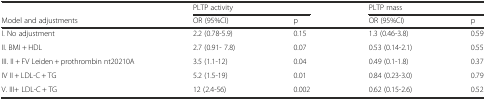
<table><thead><tr><td></td><td colspan="2"><b>PLTP activity</b></td><td colspan="2"><b>PLTP mass</b></td></tr><tr><td><b>Model and adjustments</b></td><td><b>OR (95%CI)</b></td><td><b>p</b></td><td><b>OR (95%CI)</b></td><td><b>p</b></td></tr></thead><tbody><tr><td>I. No adjustment</td><td>2.2 (0.78-5.9)</td><td>0.15</td><td>1.3 (0.46-3.8)</td><td>0.59</td></tr><tr><td>II. BMI + HDL</td><td>2.7 (0.91- 7.8)</td><td>0.07</td><td>0.53 (0.14-2.1)</td><td>0.55</td></tr><tr><td>III. II + FV Leiden + prothrombin nt20210A</td><td>3.5 (1.1-12)</td><td>0.04</td><td>0.49 (0.1-1.8)</td><td>0.37</td></tr><tr><td>IV II + LDL-C + TG</td><td>5.2 (1.5-19)</td><td>0.01</td><td>0.84 (0.23-3.0)</td><td>0.79</td></tr><tr><td>V. III+ LDL-C + TG</td><td>12 (2.4-56)</td><td>0.002</td><td>0.62 (0.15-2.6)</td><td>0.52</td></tr></tbody></table>